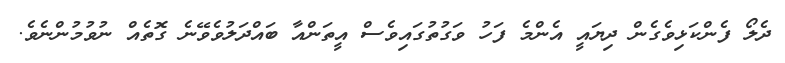
ދެލޯ ފެންކަޅިވެގެން ދިޔައީ އެންމެ ފަހު ވަގުތުގައިވެސް އީތަންއާ ބައްދަލުވެވޭނެ ގޮތެއް ނުވުމުންނެވެ.